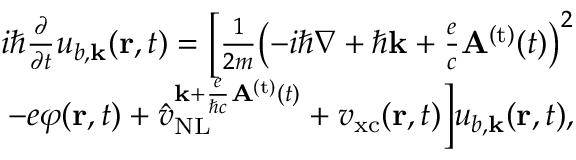
\begin{array} { r } { i \hbar \frac { \partial } { \partial t } u _ { b , { \bf k } } ( { \bf r } , t ) = \Big [ \frac { 1 } { 2 m } { \left( - i \hbar \nabla + \hbar { \bf k } + \frac { e } { c } { \bf A } ^ { \mathrm { ( t ) } } ( t ) \right) } ^ { 2 } } \\ { - e \varphi ( { \bf r } , t ) + \hat { v } _ { \mathrm { N L } } ^ { { { \bf k } + \frac { e } { \hbar c } { \bf A } ^ { \mathrm { ( t ) } } ( t ) } } + { v } _ { \mathrm { x c } } ( { \bf r } , t ) \Big ] u _ { b , { \bf k } } ( { \bf r } , t ) , } \end{array}